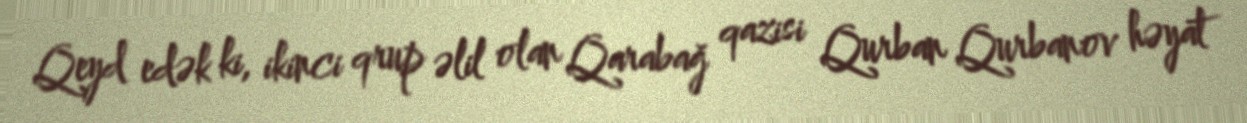
Qeyd edək ki, ikinci qrup əlil olan Qarabağ qazisi Qurban Qurbanov həyat